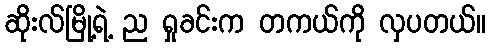
ဆိုးလ်မြို့ရဲ့ ည ရှုခင်းက တကယ်ကို လှပတယ်။